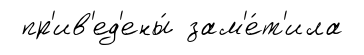
пр'ив'ед'ены́ зам'е́т'ила